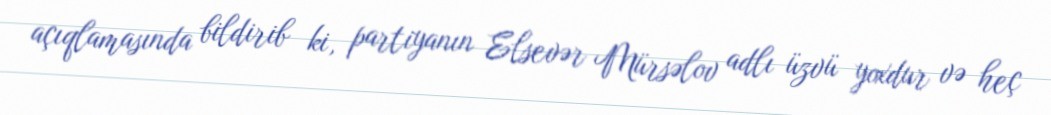
açıqlamasında bildirib ki, partiyanın Elsevər Mürsəlov adlı üzvü yoxdur və heç